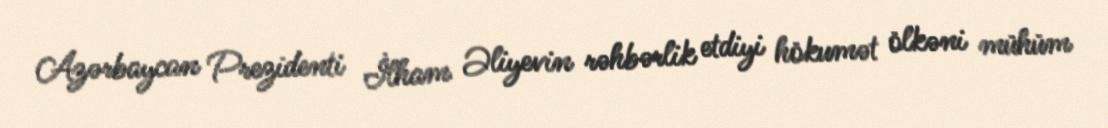
Azərbaycan Prezidenti İlham Əliyevin rəhbərlik etdiyi hökumət ölkəni mühüm